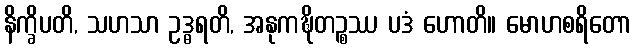
နိက္ခိပတိ, သဟသာ ဥဒ္ဓရတိ, အနုကဍ္ဎိတဉ္စဿ ပဒံ ဟောတိ။ မောဟစရိတော